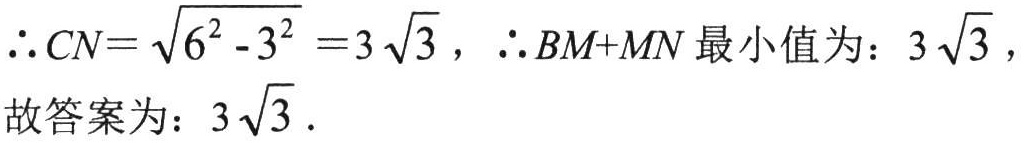
\(\therefore CN = \sqrt{6^{2} - 3^{2}} = 3\sqrt{3}，\therefore BM + MN最小值为：3\sqrt{3}，\\故答案为：3\sqrt{3}．\)